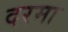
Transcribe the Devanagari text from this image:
दरमा